Annual report of the Punjab Veterinary College and of the Civil Veterinary Department, Punjab - 1920-1925
Year: 1920
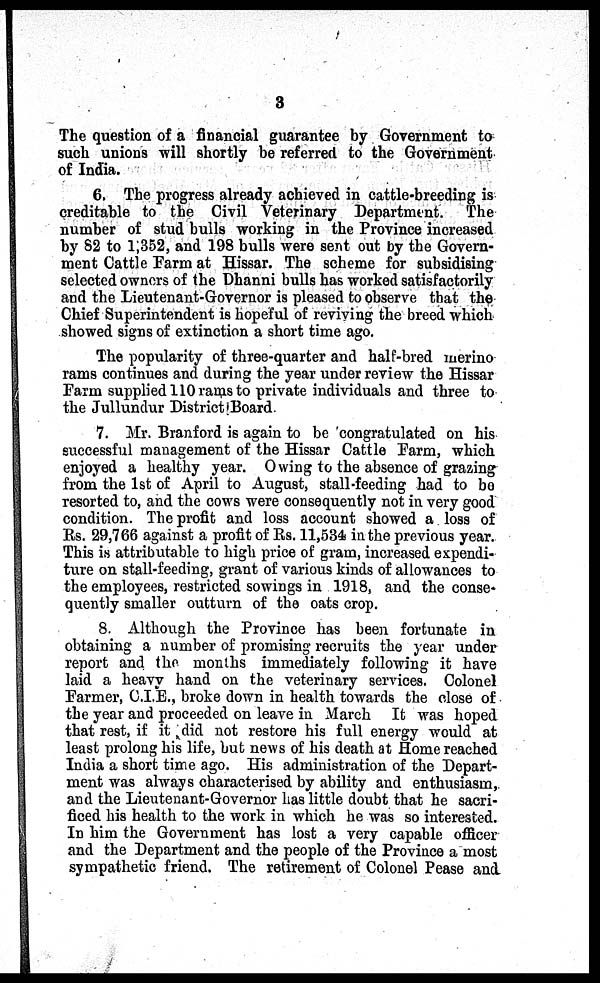
3
The question of a financial guarantee by Government to
such unions will shortly be referred to the Government
of India.
6. The progress already achieved in cattle-breeding is
creditable to the Civil Veterinary Department. The
number of stud bulls working in the Province increased
by 82 to 1,352, and 198 bulls were sent out by the Govern-
ment Cattle Farm at Hissar. The scheme for subsidising
selected owners of the Dhanni bulls has worked satisfactorily
and the Lieutenant-Governor is pleased to observe that the
Chief Superintendent is hopeful of reviving the breed which
showed signs of extinction a short time ago.
The popularity of three-quarter and half-bred merino
rams continues and during the year under review the Hissar
Farm supplied 110 rams to private individuals and three to
the Jullundur District Board.
7. Mr. Branford is again to be congratulated on his
successful management of the Hissar Cattle Farm, which
enjoyed a healthy year. Owing to the absence of grazing
from the 1st of April to August, stall-feeding had to be
resorted to, and the cows were consequently not in very good
condition. The profit and loss account showed a loss of
Rs. 29,766 against a profit of Rs. 11,534 in the previous year.
This is attributable to high price of gram, increased expendi-
ture on stall-feeding, grant of various kinds of allowances to
the employees, restricted sowings in 1918, and the conse-
quently smaller outturn of the oats crop.
8. Although the Province has been fortunate in
obtaining a number of promising recruits the year under
report and the months immediately following it have
laid a heavy hand on the veterinary services. Colonel
Farmer, C.I.E., broke down in health towards the close of
the year and proceeded on leave in March It was hoped
that rest, if it did not restore his full energy would at
least prolong his life, but news of his death at Home reached
India a short time ago. His administration of the Depart-
ment was always characterised by ability and enthusiasm,
and the Lieutenant-Governor has little doubt that he sacri-
ficed his health to the work in which he was so interested.
In him the Government has lost a very capable officer
and the Department and the people of the Province a most
sympathetic friend. The retirement of Colonel Pease and